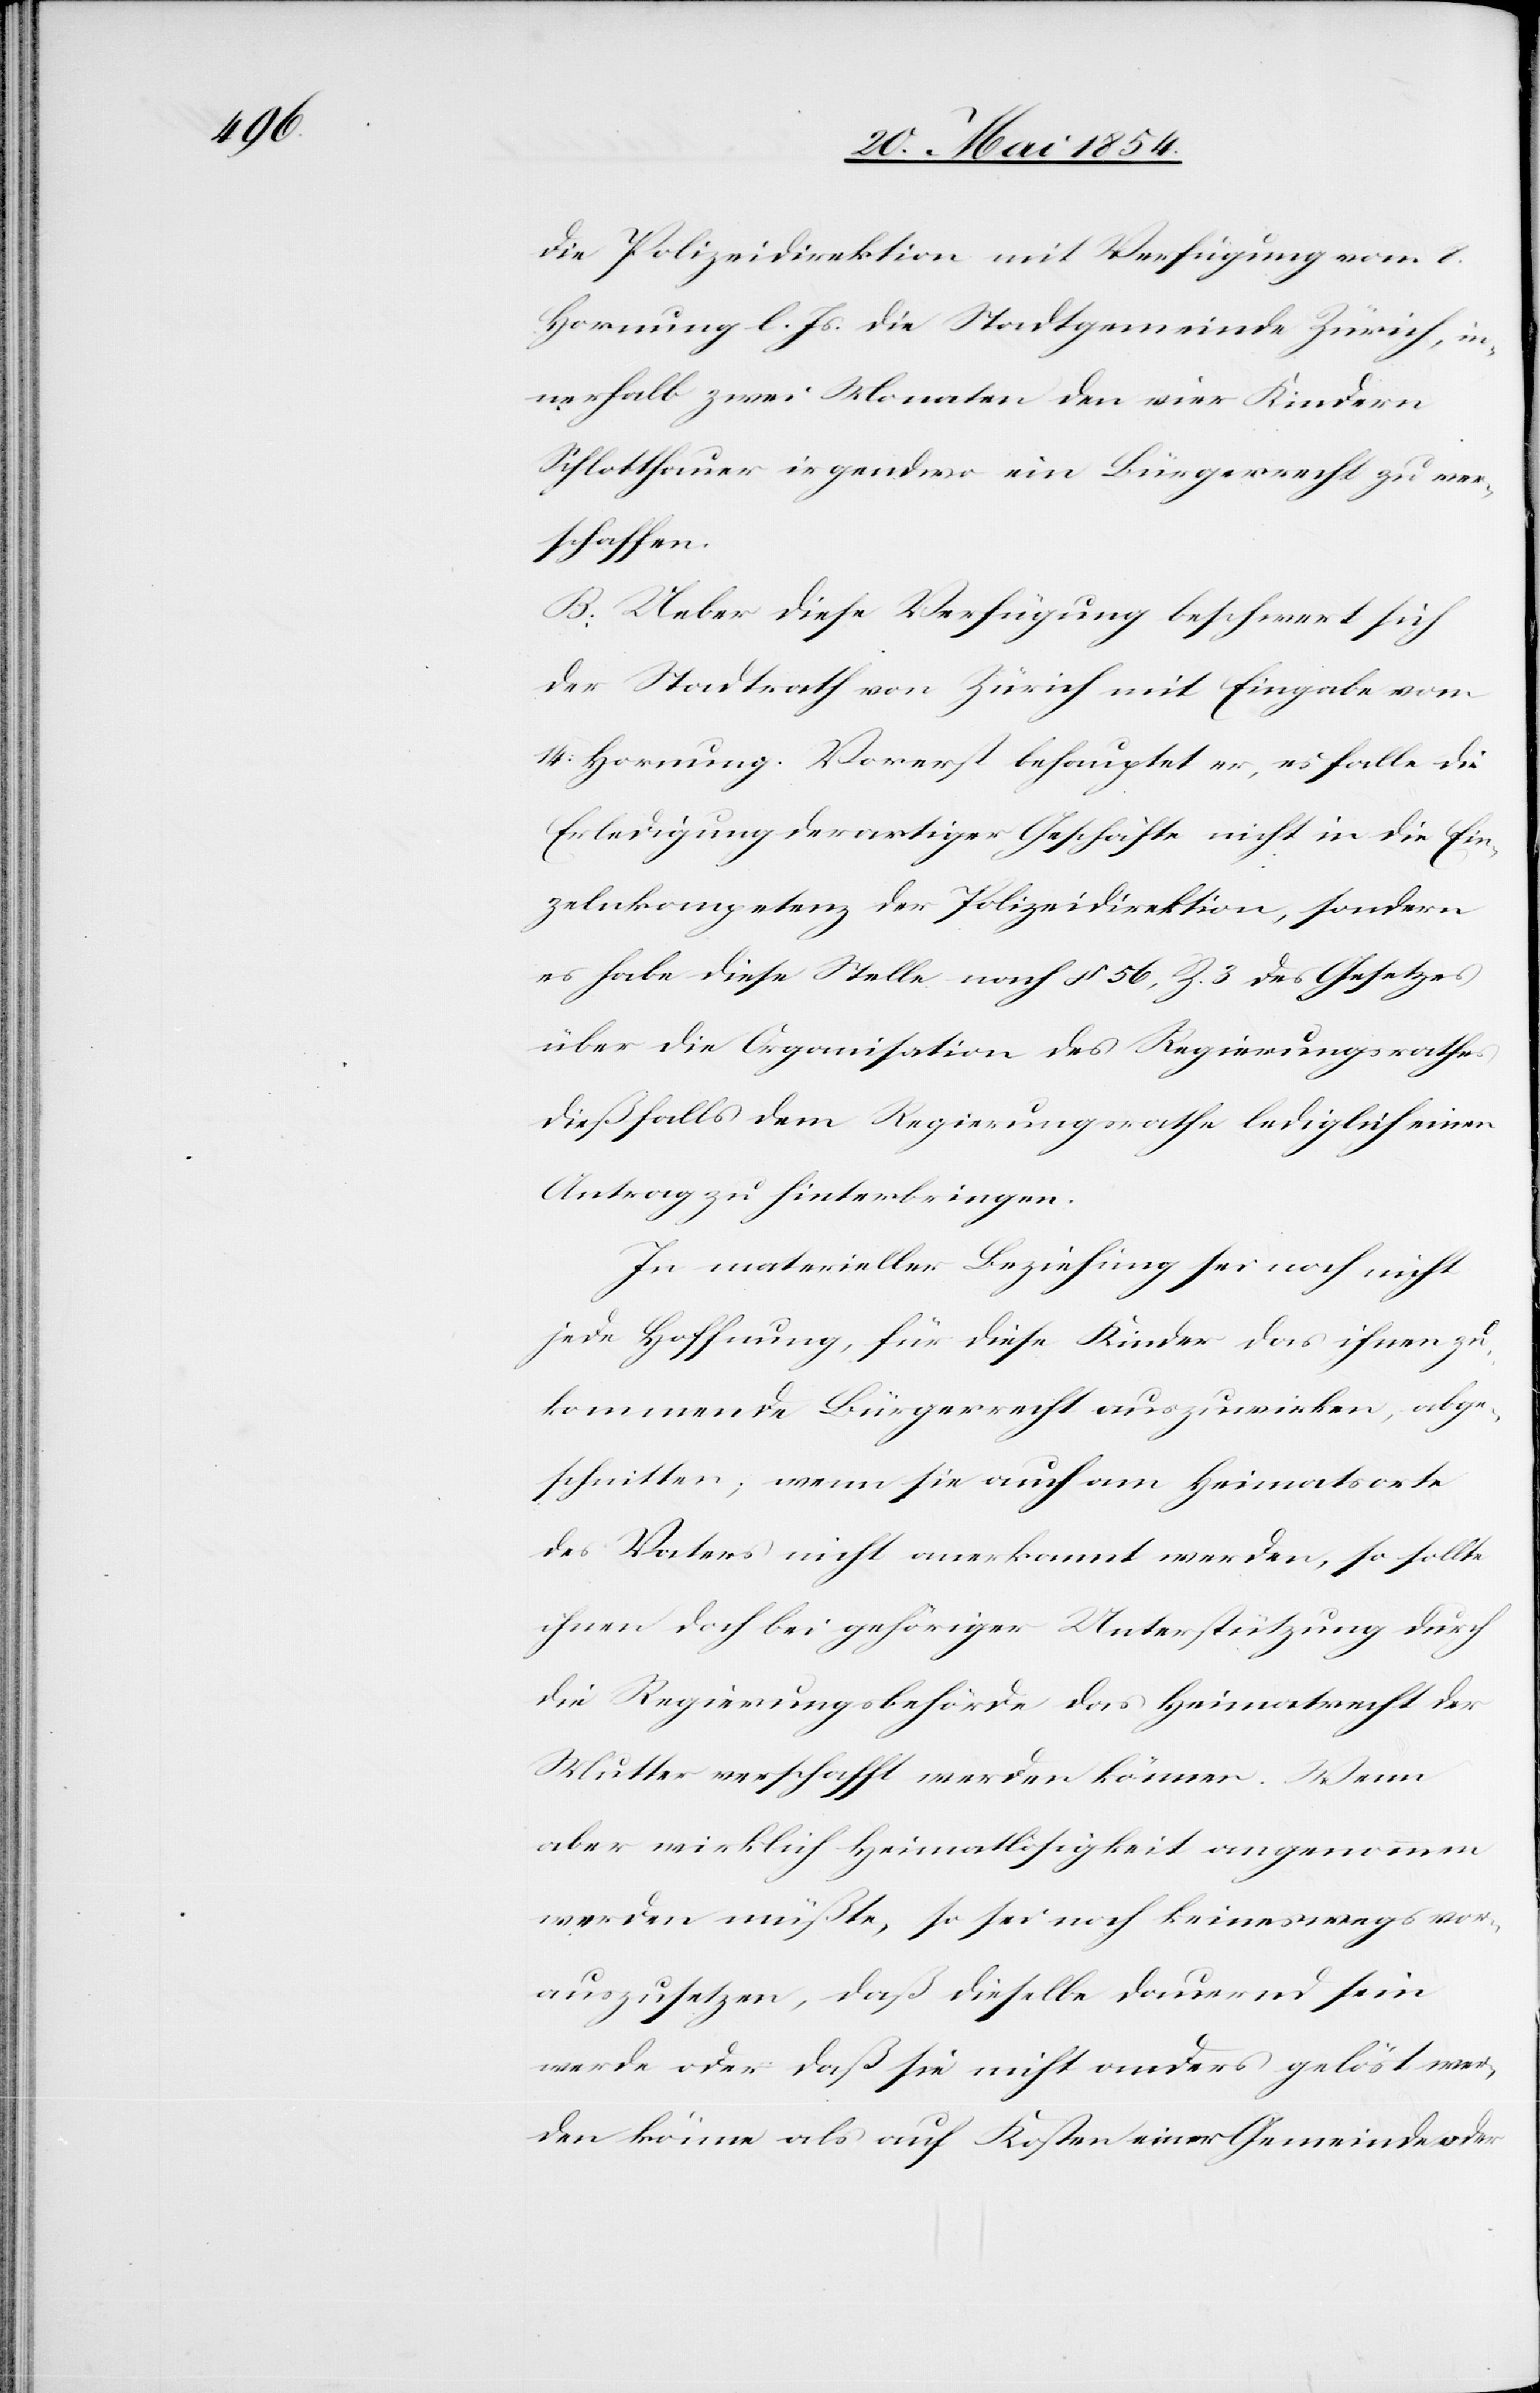
die Polizeidirektion mit Verfügung vom 8.
Hornung l. Js. die Stadtgemeinde Zürich, in¬
nerhalb zwei Monaten den vier Kindern
Schlotthauer irgendwo ein Bürgerrecht zu ver¬
schaffen.
B. Ueber diese Verfügung beschwert sich
der Stadtrath von Zürich mit Eingabe vom
14. Hornung. Vorerst behauptet er, es falle die
Erledigung derartiger Geschäfte nicht in die Ein¬
zelnkompetenz der Polizeidirektion, sondern
es habe diese Stelle nach § 56, Z. 3 des Gesetzes
über die Organisation des Regierungsrathes
dießfalls dem Regierungsrathe lediglich einen
Antrag zu hinterbringen.
In materieller Beziehung sei noch nicht
jede Hoffnung, für diese Kinder das ihnen zu¬
kommende Bürgerrecht auszuwirken, abge¬
schnitten; wenn sie auch am Heimatsorte
des Vaters nicht anerkannt werden, so sollte
ihnen doch bei gehöriger Unterstützung durch
die Regierungsbehörde das Heimatrecht der
Mutter verschafft werden können. Wenn
aber wirklich Heimatlosigkeit angenommen
werden müßte, so sei noch keineswegs vor¬
auszusetzen, daß dieselbe dauernd sein
werde oder daß sie nicht anders gelöst wer¬
den können als auf Kosten einer Gemeinde oder